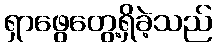
ရှာဖွေတွေ့ရှိခဲ့သည်